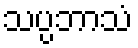
သပ္ပဘာသံ